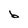
Character: b